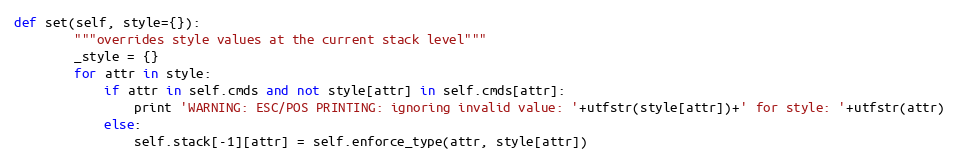
Language: Python
def set(self, style={}):
        """overrides style values at the current stack level"""
        _style = {}
        for attr in style:
            if attr in self.cmds and not style[attr] in self.cmds[attr]:
                print 'WARNING: ESC/POS PRINTING: ignoring invalid value: '+utfstr(style[attr])+' for style: '+utfstr(attr)
            else:
                self.stack[-1][attr] = self.enforce_type(attr, style[attr])